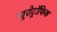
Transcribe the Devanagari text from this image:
न्यूरोट्रॉफिक